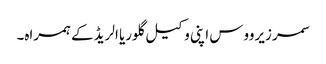
سمر زیرووس اپنی وکیل گلوریا الریڈ کے ہمراہ۔